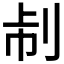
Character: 𠛯